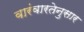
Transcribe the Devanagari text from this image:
वारंवारतेनुसार